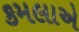
કમલાએ